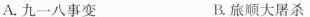
A.九一八事变 B.旅顺大屠杀